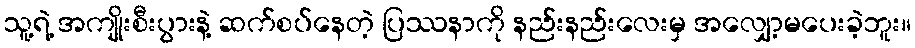
သူ့ရဲ့ အကျိုးစီးပွားနဲ့ ဆက်စပ်နေတဲ့ ပြဿနာကို နည်းနည်းလေးမှ အလျှော့မပေးခဲ့ဘူး။